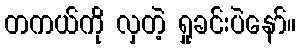
တကယ်ကို လှတဲ့ ရှုခင်းပဲနော်။